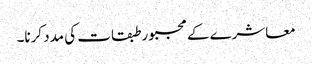
معاشرے کے مجبور طبقات کی مدد کرنا۔